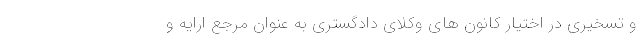
و تسخیری در اختیار کانون های وکلای دادگستری به عنوان مرجع ارایه و